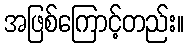
အဖြစ်ကြောင့်တည်း။